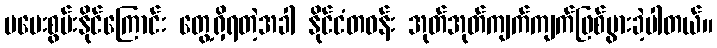
မပေးစွမ်းနိုင်ကြောင်း တွေ့ရှိရတဲ့အခါ နိုင်ငံတဝန်း အုတ်အုတ်ကျက်ကျက်ဖြစ်ပွားခဲ့ပါတယ်။